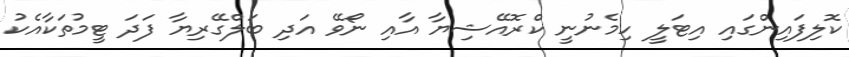
ކޮލިފައިންގައި އިޓަލީ ހިމެނުނީ ކްރޮއޭޝިޔާ އާއި ނޯވޭ އަދި ބަލްގޭރިޔާ ފަދަ ޓީމުތަކާއެކު